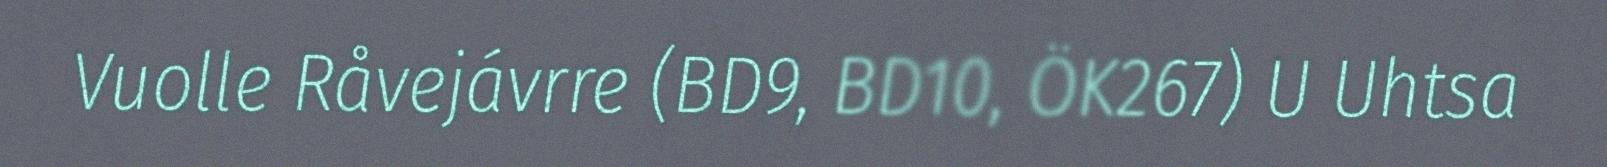
Vuolle Råvejávrre (BD9, BD10, ÖK267) U Uhtsa